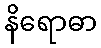
နိရောဓာ